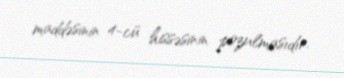
maddəsinin 4-cü hissəsinin pozulmasıdır.